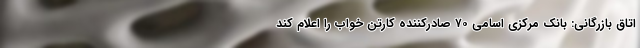
اتاق بازرگانی: بانک مرکزی اسامی ۷۰ صادرکننده کارتن خواب را اعلام کند